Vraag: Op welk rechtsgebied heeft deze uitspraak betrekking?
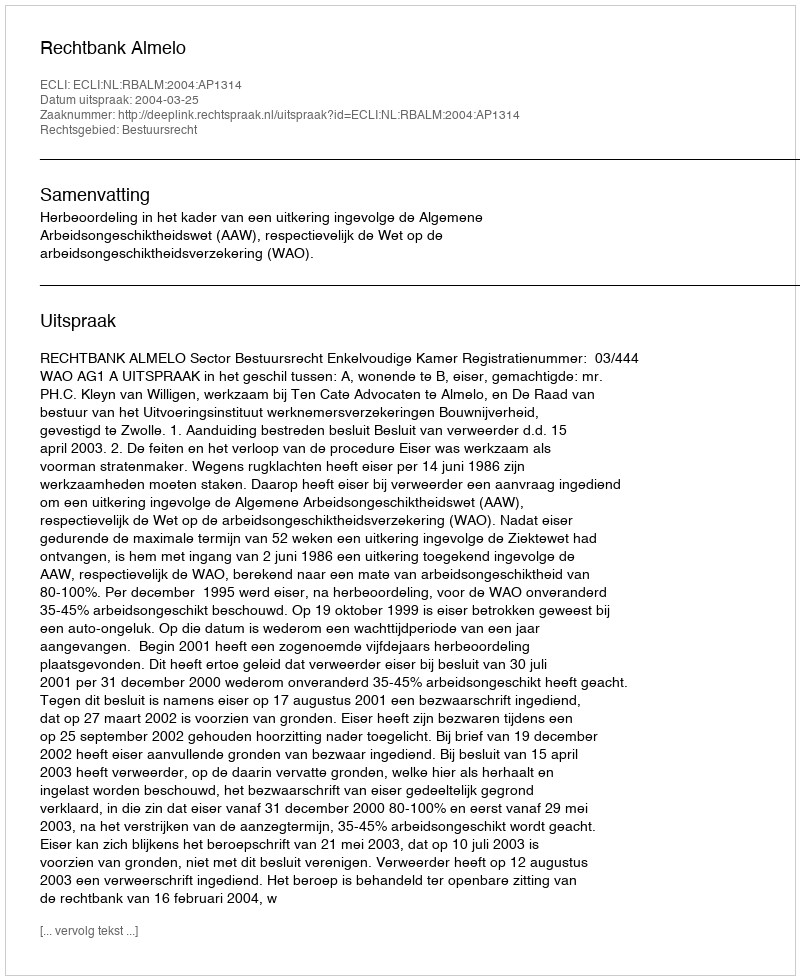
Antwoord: Bestuursrecht